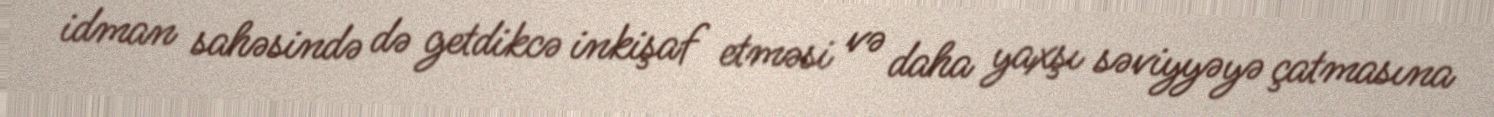
idman sahəsində də getdikcə inkişaf etməsi və daha yaxşı səviyyəyə çatmasına